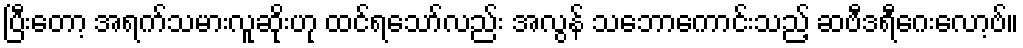
ပြီးတော့ အရက်သမားလူဆိုးဟု ထင်ရသော်လည်း အလွန် သဘောကောင်းသည့် ဆဗီဒရီဂေးလော့ဗ်။